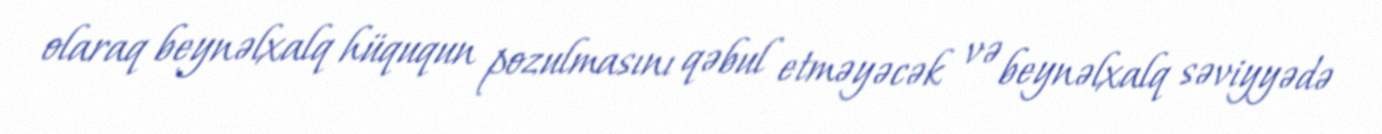
olaraq beynəlxalq hüququn pozulmasını qəbul etməyəcək və beynəlxalq səviyyədə